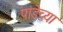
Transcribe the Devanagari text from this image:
पांडेच्या